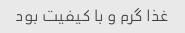
غذا گرم و با کیفیت بود